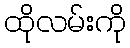
ထိုလမ်းကို